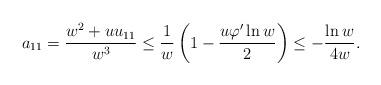
LaTeX: \begin{align*}a_{11}= \frac{w^2 + u u_{11}}{w^3}\leq \frac{1}{w} \left(1 - \frac{u \varphi' \ln w}{2}\right) \leq - \frac{\ln w}{4 w} .\end{align*}